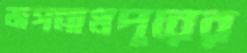
জগন্নাথপুরের